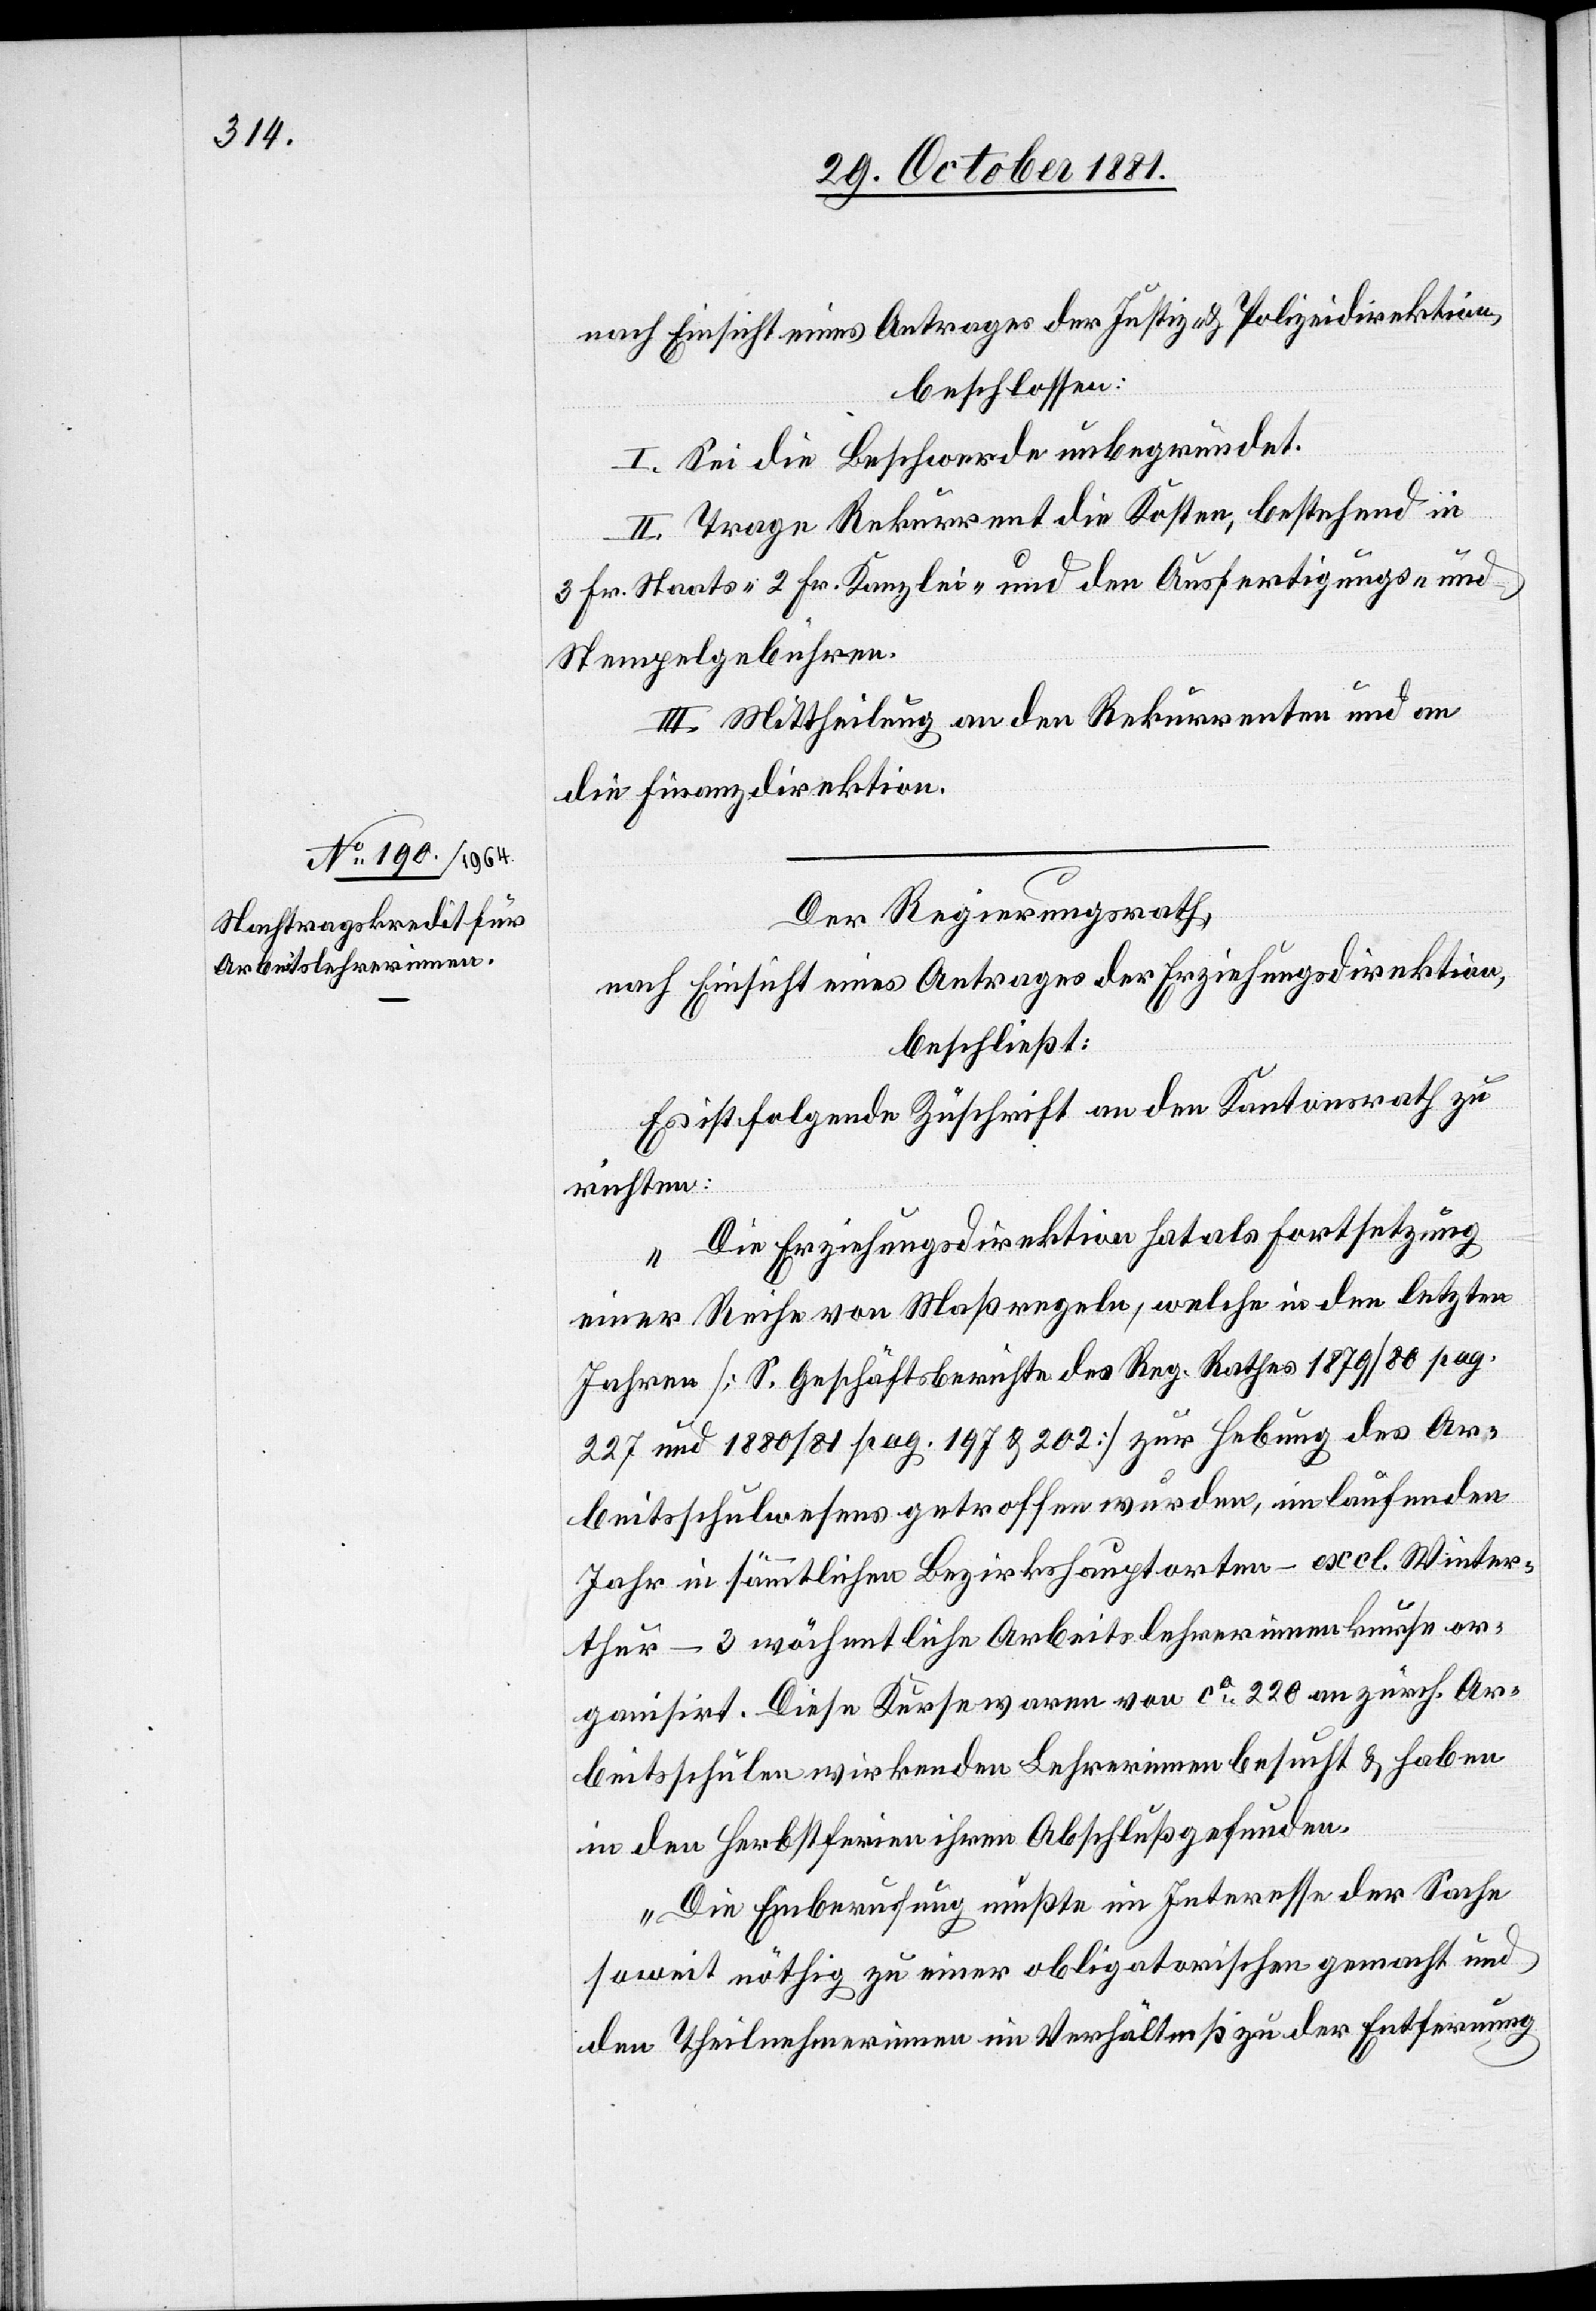
nach Einsicht eines Antrages der Justiz- & Polizeidirektion,
beschlossen:
I. Sei die Beschwerde unbegründet.
II. Trage Rekurrent die Kosten, bestehend in
3 Fr. Staats-[,] 2 Fr. Kanzlei- und den Ausfertigungs- und
Stempelgebühren.
III. Mittheilung an den Rekurrenten und an
die Finanzdirektion.
Der Regierungsrath,
nach Einsicht eines Antrages der Erziehungsdirektion,
beschließt:
Es ist folgende Zuschrift an den Kantonsrath zu
richten:
„Die Erziehungsdirektion hat als Fortsetzung
einer Reihe von Maßregeln, welche in den letzten
Jahren [S. Geschäftsberichte des Reg. Rathes 1978/80 pag.
227 und 1880/81 pag. 197 & 202] zur Hebung des Ar¬
beitsschulwesens getroffen wurden, im laufenden
Jahr in sämmtlichen Bezirkshauptorten – excl. Winter¬
thur – 3 wöchentliche Arbeitslehrerinnenkurse or¬
ganisirt. Diese Kurse waren von ca 220 an zürch. Ar¬
beitsschulen wirkenden Lehrerinnen besucht & haben
in den Herbstferien ihren Abschluß gefunden.
Die Einberufung mußte im Interesse der Sache
soweit nöthig zu einer obligatorischen gemacht und
den Theilnehmerinnen im Verhältniß zu der Entfernung